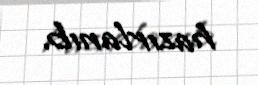
hazırlanıb.